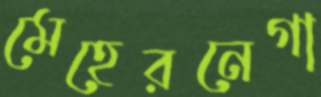
মেহেরনেগা